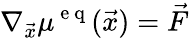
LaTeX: \nabla_{\vec{x}}\mu^{\mathrm{~e~q~}}(\vec{x})=\vec{F}